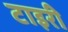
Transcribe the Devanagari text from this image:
टाइरी